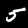
Label: 5